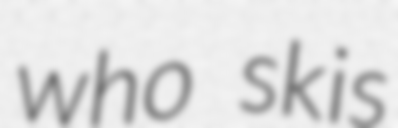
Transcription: who skis